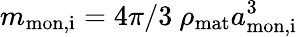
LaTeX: {m_{\mathrm{mon,i}}=4\pi/3\ \rho_{\mathrm{mat}}a_{\mathrm{mon,i}}^{3}}